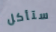
ستأكل